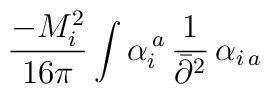
\frac{-M_i^2 }{16\pi}\int \alpha_i^{\,a} \,\frac{1}{\bar\partial^2} \,\alpha_{i\,a}